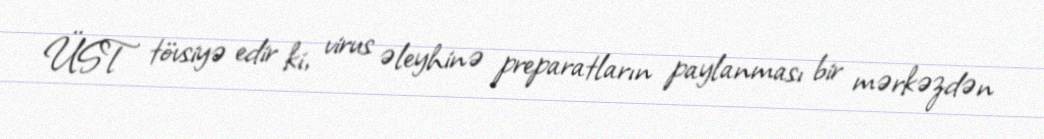
ÜST tövsiyə edir ki, virus əleyhinə preparatların paylanması bir mərkəzdən